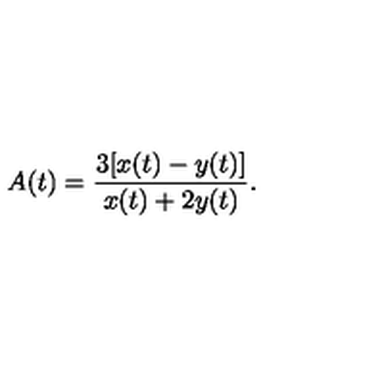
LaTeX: A ( t ) = \frac { 3 [ x ( t ) - y ( t ) ] } { x ( t ) + 2 y ( t ) } .